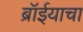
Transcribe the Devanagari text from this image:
ब्रॉईयाचा